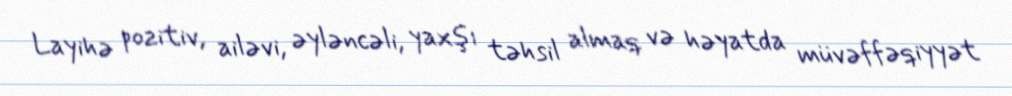
Layihə pozitiv, ailəvi, əyləncəli, yaxşı təhsil almaq və həyatda müvəffəqiyyət